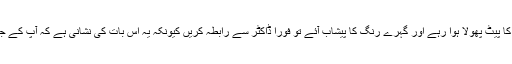
اگر آپ کا پیٹ پھولا ہوا رہے اور گہرے رنگ کا پیشاب آئے تو فوراً ڈاکٹر سے رابطہ کریں کیونکہ یہ اس بات کی نشانی ہے کہ آپ کے جسم میں۔